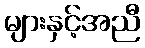
များနှင့်အညီ